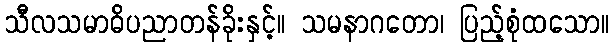
သီလသမာဓိပညာတန်ခိုးနှင့်။ သမနာဂတော၊ ပြည့်စုံထသော။